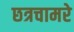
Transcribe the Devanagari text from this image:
छत्रचामरे